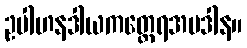
ဥပါဟနဒါယကတ္ထေရအပဒါန။